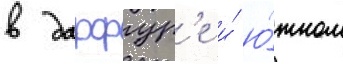
в дарфур'е и́ ю́жном